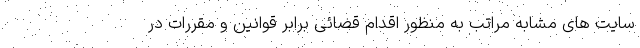
سایت های مشابه مراتب به منظور اقدام قضائی برابر قوانین و مقررات در